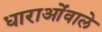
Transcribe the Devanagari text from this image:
धाराओंवाले